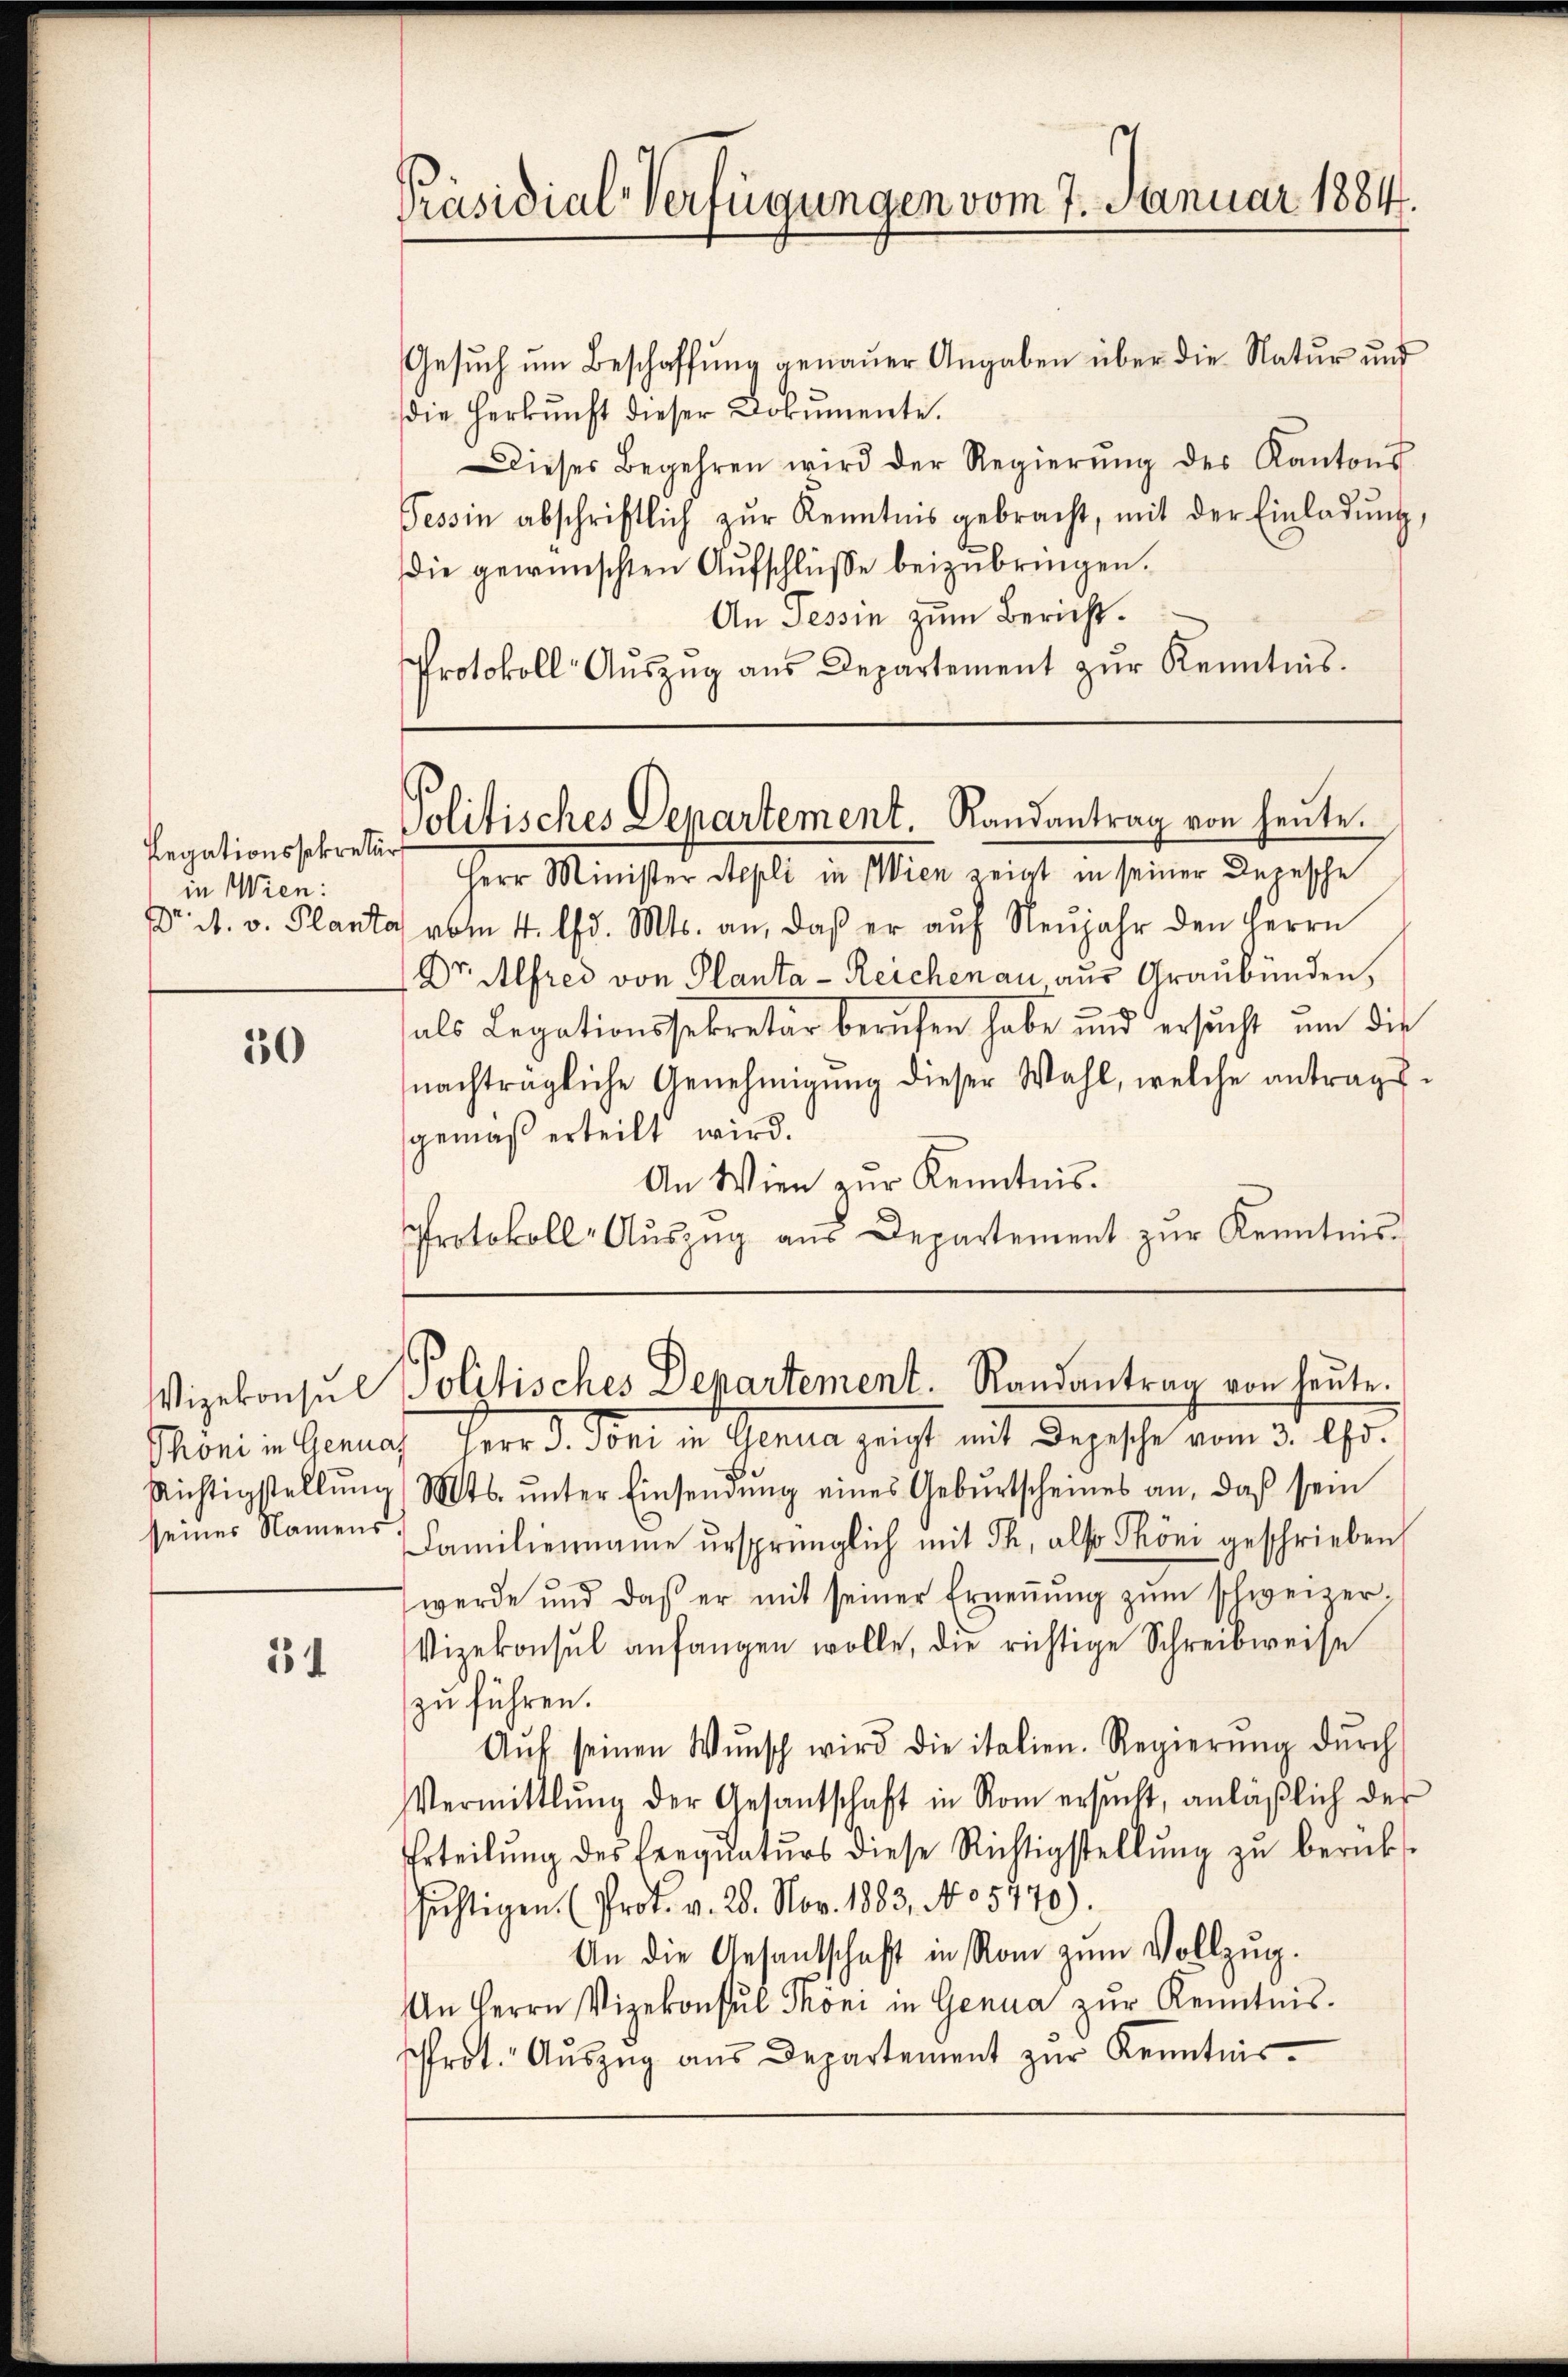
Präsidial-Verfügungen vom 7. Januar 1884.

Gesuch um Beschaffung genauer Angaben über die Natur und
die Herkunft dieser Dokumente.
Dieses Begehren wird der Regierŭng des Kantons
Tessin abschriftlich zŭr Kenntnis gebracht, mit der Einladŭng,
die gewünschten Aŭfschlüsse beizubringen.
An Tessin zum Bericht.
Protokoll Aŭszŭg aŭs Departement zŭr Kenntnis.

Politisches Departement. Randantrag von heute.

Herr Minister Stepli in Wien zeigt in seiner Depesche
Dr A. v. Plantas vom 4. d. Mts. an, daβ er aŭf Neŭjahr den Herrn
Dr. Alfred von Planta - Reichenau, aus Graubünden,
als Legationssekretär berufen habe und ersucht um die
nachträgliche Genehmigŭng dieser Wahl, welche antragsgemäß erteilt wird.
An Wien zur Kenntnis.
Protokoll- Aŭszŭg aŭs Departement zŭr Kenntnis-

Legationssekretär
in Wien:

50

Wizekonsul Politisches Departement. Randantrag von heute.

Monin Genus Ferd. Von in Genua zeigt mit Depesche vom 3. Uhr.
Richtigstellŭng Mts. ŭnter Einsendŭng eines Gebŭrtscheines an, daß sein
seines Namens Familienname ursprünglich mit Th. also Phöni geschrieben
werde und daß er mit seiner Erneṅŭng zŭm schweizer-
Vizekonsul anfangen wolle, die richtige Schreibweise
zu führen.
Aŭf seinen Wŭnsch wird die italien. Regierŭng dŭrch
Vermittlung der Gesantschaft in Rom ersŭcht, anläβlich der
Erteilŭng des Ereqŭatŭrs diese Richtigstellŭng zŭ berüks
sichtigen (Prof. v. 20. Nov. 1883, No 5770).
An die Gesandtschaft in Rom zum Vollzŭg.
An Herrn Vizekonsul Phöni in Genua zur Kenntnis.
rot. Aŭszŭg aŭs Departement zŭr Kenntnis-

54